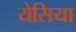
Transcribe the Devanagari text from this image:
येसिया